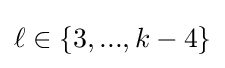
\ell \in \{3,...,k-4\}